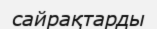
сайрақтарды